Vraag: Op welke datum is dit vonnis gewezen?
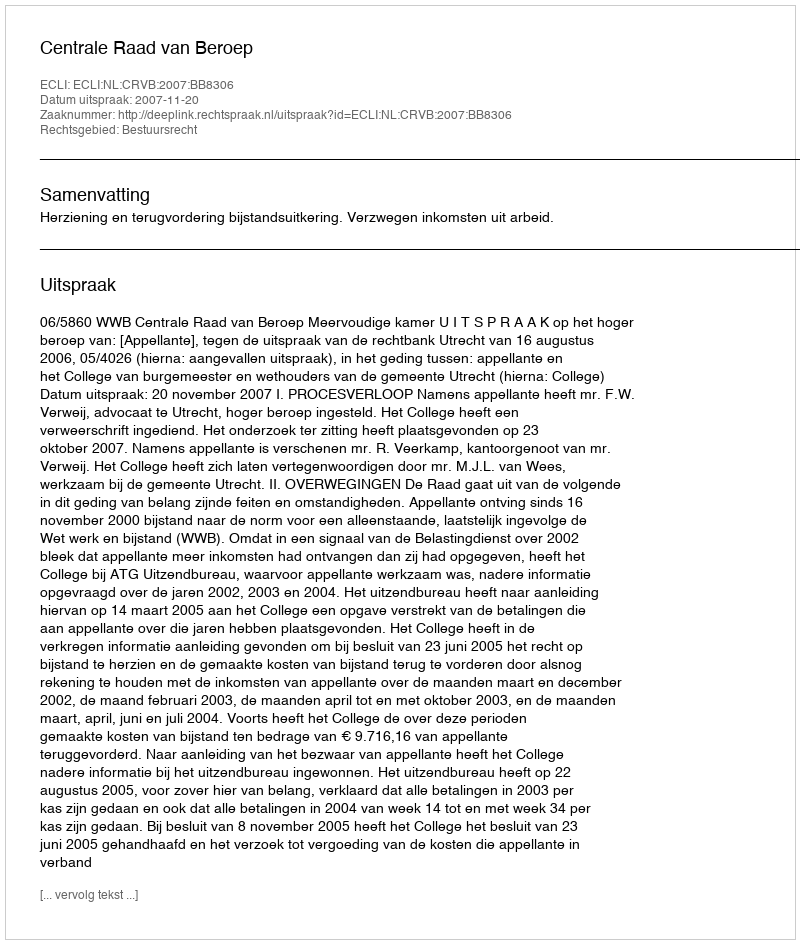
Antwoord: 2007-11-20